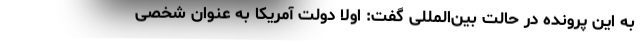
به این پرونده در حالت بین‌المللی گفت: اولاً دولت آمریکا به عنوان شخصی